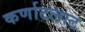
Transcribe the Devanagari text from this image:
कर्णाटलाट